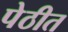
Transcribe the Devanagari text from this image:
पेठीत